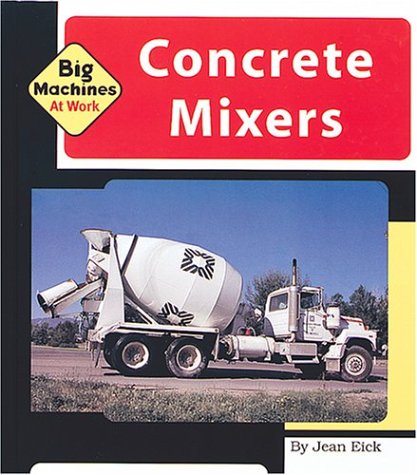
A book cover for Concrete Mixers (Machines at Work; Big Machines); Jean Eick; Children's Books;